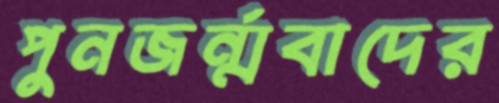
পুনজর্ন্মবাদের